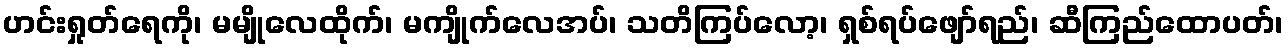
ဟင်းရှုတ်ရေကို၊ မမျိုလေထိုက်၊ မကျိုက်လေအပ်၊ သတိကြပ်လော့၊ ရှစ်ရပ်ဖျော်ရည်၊ ဆီကြည်ထောပတ်၊